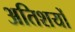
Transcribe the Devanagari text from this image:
अतिशयों